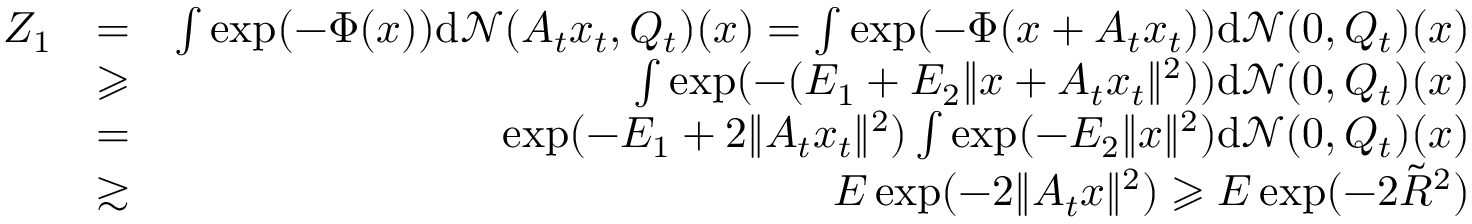
\begin{array} { r l r } { Z _ { 1 } } & { = } & { \int \exp ( - \Phi ( x ) ) \mathrm { d } \mathcal { N } ( A _ { t } x _ { t } , Q _ { t } ) ( x ) = \int \exp ( - \Phi ( x + A _ { t } x _ { t } ) ) \mathrm { d } \mathcal { N } ( 0 , Q _ { t } ) ( x ) } \\ & { \geqslant } & { \int \exp ( - ( E _ { 1 } + E _ { 2 } \| x + A _ { t } x _ { t } \| ^ { 2 } ) ) \mathrm { d } \mathcal { N } ( 0 , Q _ { t } ) ( x ) } \\ & { = } & { \exp ( - E _ { 1 } + 2 \| A _ { t } x _ { t } \| ^ { 2 } ) \int \exp ( - E _ { 2 } \| x \| ^ { 2 } ) \mathrm { d } \mathcal { N } ( 0 , Q _ { t } ) ( x ) } \\ & { \gtrsim } & { E \exp ( - 2 \| A _ { t } x \| ^ { 2 } ) \geqslant E \exp ( - 2 \tilde { R } ^ { 2 } ) } \end{array}